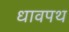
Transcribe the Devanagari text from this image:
धावपथ